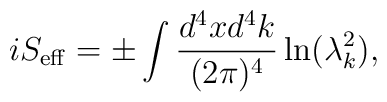
iS_{\rm eff}=\pm\int {d^4xd^4k\over (2\pi)^4}\ln(\lambda^2_k),